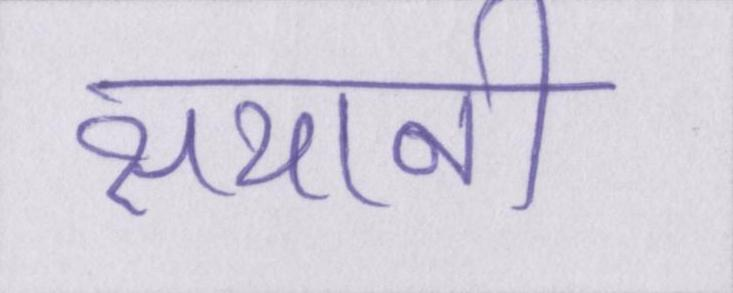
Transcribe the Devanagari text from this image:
सयानी